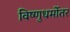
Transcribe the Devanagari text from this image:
विष्णुधर्मोतर